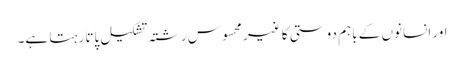
اور انسانوں کے باہم دوستی کا غیر محسوس رشتہ تشکیل پاتا رہتا ہے۔